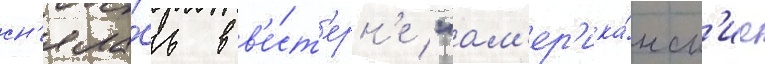
сн'яла́сь в в'е́ст'ерн'е "ам'ер'ика́нск'ие